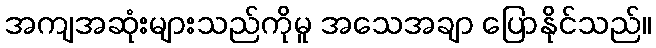
အကျအဆုံးများသည်ကိုမူ အသေအချာ ပြောနိုင်သည်။